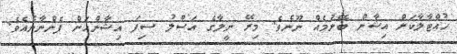
ހުއްޓާލާކަށް އިޝާން ބޭނުމެއް ނޫނެވެ. މިރޭ ނީލާގެ އަސްލު ސިފަ އިޝާންއަށް ފެންނާނެއެވެ.